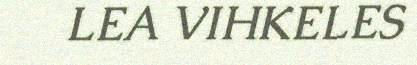
LEA VIHKELES